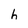
Character: h